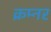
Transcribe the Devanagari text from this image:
क्रम्नर